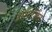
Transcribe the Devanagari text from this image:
असासिंस